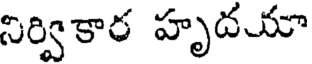
నిర్వికార హృదయా